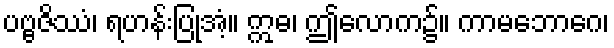
ပဗ္ဗဇိဿံ၊ ရဟန်းပြုအံ့။ ဣဓ၊ ဤလောက၌။ ကာမဘောဂေ၊